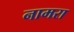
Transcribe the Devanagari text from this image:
नामरा